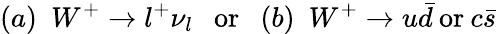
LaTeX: (a)\ \ W^{+}\rightarrow l^{+}\nu_{l}\ \ \ \mathrm{or}\ \ \ (b)\ \ W^{+}\rightarrow u\bar{d}\: \mathrm{or}\: c\bar{s}